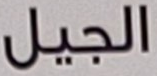
الجيل